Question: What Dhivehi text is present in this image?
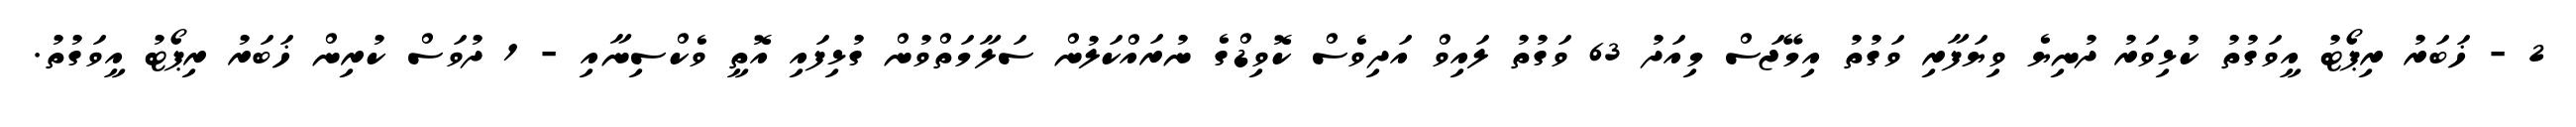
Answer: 2 - ޚަބަރު ރިޕޯޓު އީވަގުތު ކުޅިވަރު ދުނިޔެ ވިޔަފާރި ވަގުތު އިމޭޖަސް މިއަދު 63 ވަގުތު ލައިވް އަދިވެސް ކޮވިޑްގެ ނުރައްކަލުން ސަލާމަތްވުން ގުޅިފައި އޮތީ ވެކްސިނާއި - 1 ދުވަސް ކުރިން ޚަބަރު ރިޕޯޓު އީވަގުތު.